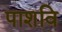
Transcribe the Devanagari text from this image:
पाशवि